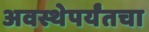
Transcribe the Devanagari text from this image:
अवस्थेपर्यंतचा